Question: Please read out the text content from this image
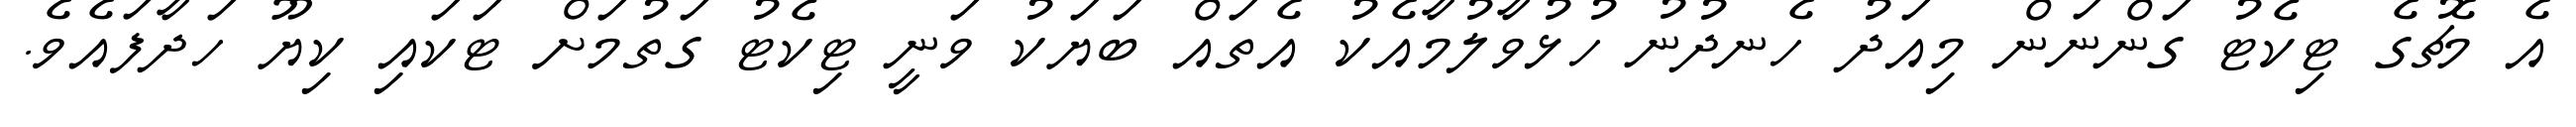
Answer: އެ މެޗުގެ ޓިކެޓު ގަންނަން މިއަދު ހެނދުނު ހުޅުވާލުމާއެކު އެތައް ބަޔަކު ވަނީ ޓިކެޓު ގަތުމަށް ޓަކައި ކިޔޫ ހަދާފައެވެ.